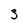
Character: 3